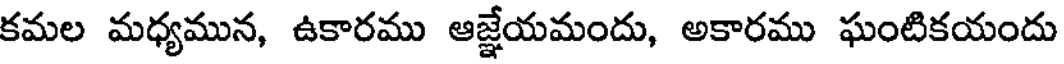
కమల మధ్యమున, ఉకారము ఆజ్జేయమందు, అకారము ఘంటికయందు